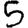
Digit: 5